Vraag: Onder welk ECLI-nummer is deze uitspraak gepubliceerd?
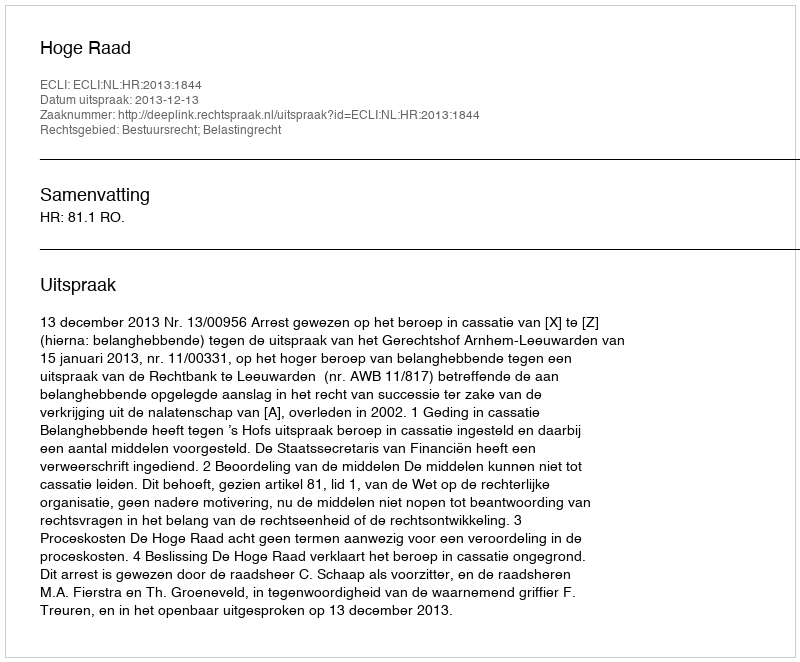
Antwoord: ECLI:NL:HR:2013:1844